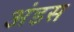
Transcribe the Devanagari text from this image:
अंडस